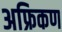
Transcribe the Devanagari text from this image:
अफ्रिकण